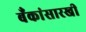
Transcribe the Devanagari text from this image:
बँकांसारखी